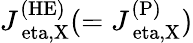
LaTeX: J_{\mathrm{\ eta,X}}^{\mathrm{(HE)}}(=J_{\mathrm{\ eta,X}}^{\mathrm{(P)}})